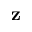
\mathbf { z }